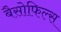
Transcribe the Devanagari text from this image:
बैसोफिल्स